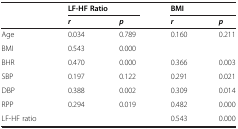
<table><thead><tr><td><b> </b></td><td colspan="2"><b>LF-HF Ratio</b></td><td colspan="2"><b>BMI</b></td></tr><tr><td><b> </b></td><td><b><i>r</i></b></td><td><b><i>p</i></b></td><td><b><i>r</i></b></td><td><b><i>p</i></b></td></tr></thead><tbody><tr><td>Age</td><td>0.034</td><td>0.789</td><td>0.160</td><td>0.211</td></tr><tr><td>BMI</td><td>0.543</td><td>0.000</td><td> </td><td> </td></tr><tr><td>BHR</td><td>0.470</td><td>0.000</td><td>0.366</td><td>0.003</td></tr><tr><td>SBP</td><td>0.197</td><td>0.122</td><td>0.291</td><td>0.021</td></tr><tr><td>DBP</td><td>0.388</td><td>0.002</td><td>0.309</td><td>0.014</td></tr><tr><td>RPP</td><td>0.294</td><td>0.019</td><td>0.482</td><td>0.000</td></tr><tr><td>LF-HF ratio</td><td> </td><td> </td><td>0.543</td><td>0.000</td></tr></tbody></table>